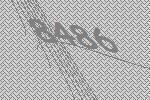
8486